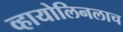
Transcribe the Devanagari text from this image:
व्हायोलिनलाच